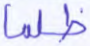
ظلما